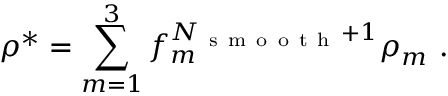
\rho ^ { * } = \sum _ { m = 1 } ^ { 3 } f _ { m } ^ { N _ { \mathrm { ~ s ~ m ~ o ~ o ~ t ~ h ~ } } + 1 } \rho _ { m } \mathrm { ~ . ~ }